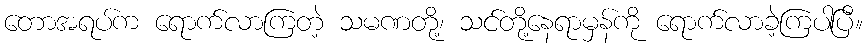
တောအရပ်က ရောက်လာကြတဲ့ သမဏတို့၊ သင်တို့နေရာမှန်ကို ရောက်လာခဲ့ကြပါပြီ။